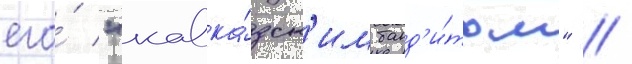
его́ "кавка́зск'им банд'и́том" //